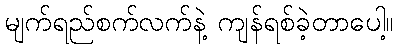
မျက်ရည်စက်လက်နဲ့ ကျန်ရစ်ခဲ့တာပေါ့။